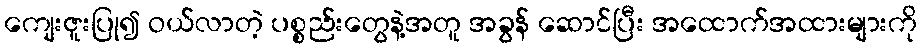
ကျေးဇူးပြု၍ ဝယ်လာတဲ့ ပစ္စည်းတွေနဲ့အတူ အခွန် ဆောင်ပြီး အထောက်အထားများကို